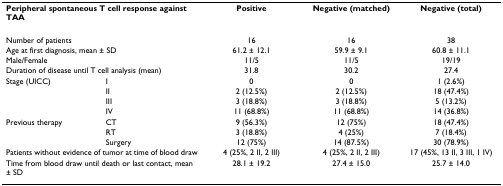
<table><thead><tr><td colspan="2"><b>Peripheral spontaneous T cell response against TAA</b></td><td><b>Positive</b></td><td><b>Negative (matched)</b></td><td><b>Negative (total)</b></td></tr></thead><tbody><tr><td colspan="2">Number of patients</td><td>16</td><td>16</td><td>38</td></tr><tr><td colspan="2">Age at first diagnosis, mean ± SD</td><td>61.2 ± 12.1</td><td>59.9 ± 9.1</td><td>60.8 ± 11.1</td></tr><tr><td colspan="2">Male/Female</td><td>11/5</td><td>11/5</td><td>19/19</td></tr><tr><td colspan="2">Duration of disease until T cell analysis (mean)</td><td>31.8</td><td>30.2</td><td>27.4</td></tr><tr><td>Stage (UICC)</td><td>I</td><td>0</td><td>0</td><td>1 (2.6%)</td></tr><tr><td></td><td>II</td><td>2 (12.5%)</td><td>2 (12.5%)</td><td>18 (47.4%)</td></tr><tr><td></td><td>III</td><td>3 (18.8%)</td><td>3 (18.8%)</td><td>5 (13.2%)</td></tr><tr><td></td><td>IV</td><td>11 (68.8%)</td><td>11 (68.8%)</td><td>14 (36.8%)</td></tr><tr><td>Previous therapy</td><td>CT</td><td>9 (56.3%)</td><td>12 (75%)</td><td>18 (47.4%)</td></tr><tr><td></td><td>RT</td><td>3 (18.8%)</td><td>4 (25%)</td><td>7 (18.4%)</td></tr><tr><td></td><td>Surgery</td><td>12 (75%)</td><td>14 (87.5%)</td><td>30 (78.9%)</td></tr><tr><td colspan="2">Patients without evidence of tumor at time of blood draw</td><td>4 (25%, 2 II, 2 III)</td><td>4 (25%, 2 II, 2 III)</td><td>17 (45%, 13 II, 3 III, 1 IV)</td></tr><tr><td colspan="2">Time from blood draw until death or last contact, mean ± SD</td><td>28.1 ± 19.2</td><td>27.4 ± 15.0</td><td>25.7 ± 14.0</td></tr></tbody></table>